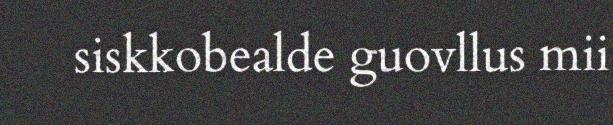
siskkobealde guovllus mii